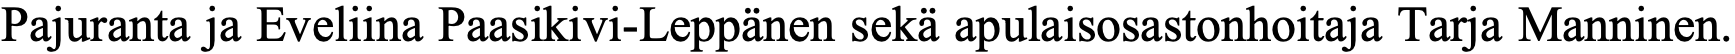
Pajuranta ja Eveliina Paasikivi-Leppänen sekä apulaisosastonhoitaja Tarja Manninen.